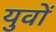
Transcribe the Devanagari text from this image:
युवों